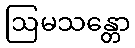
ဩမသန္တော